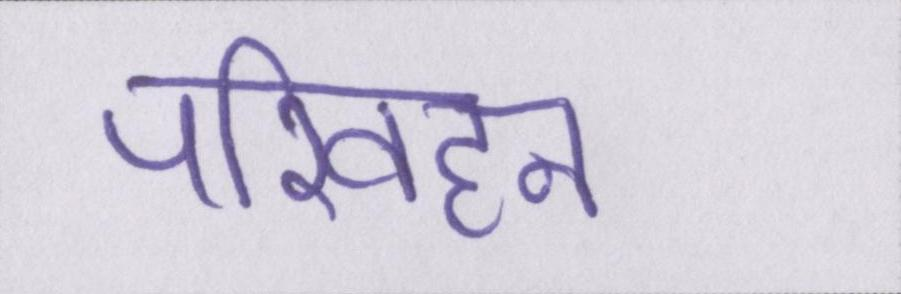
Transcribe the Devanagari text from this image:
परिवहन